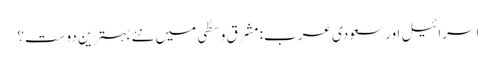
اسرائیل اور سعودی عرب: مشرق وسطٰی میں نئے بہترین دوست؟